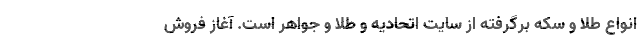
انواع طلا و سکه برگرفته از سایت اتحادیه و طلا و جواهر است. آغاز فروش